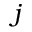
j